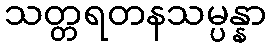
သတ္တရတနသမ္ပန္နာ